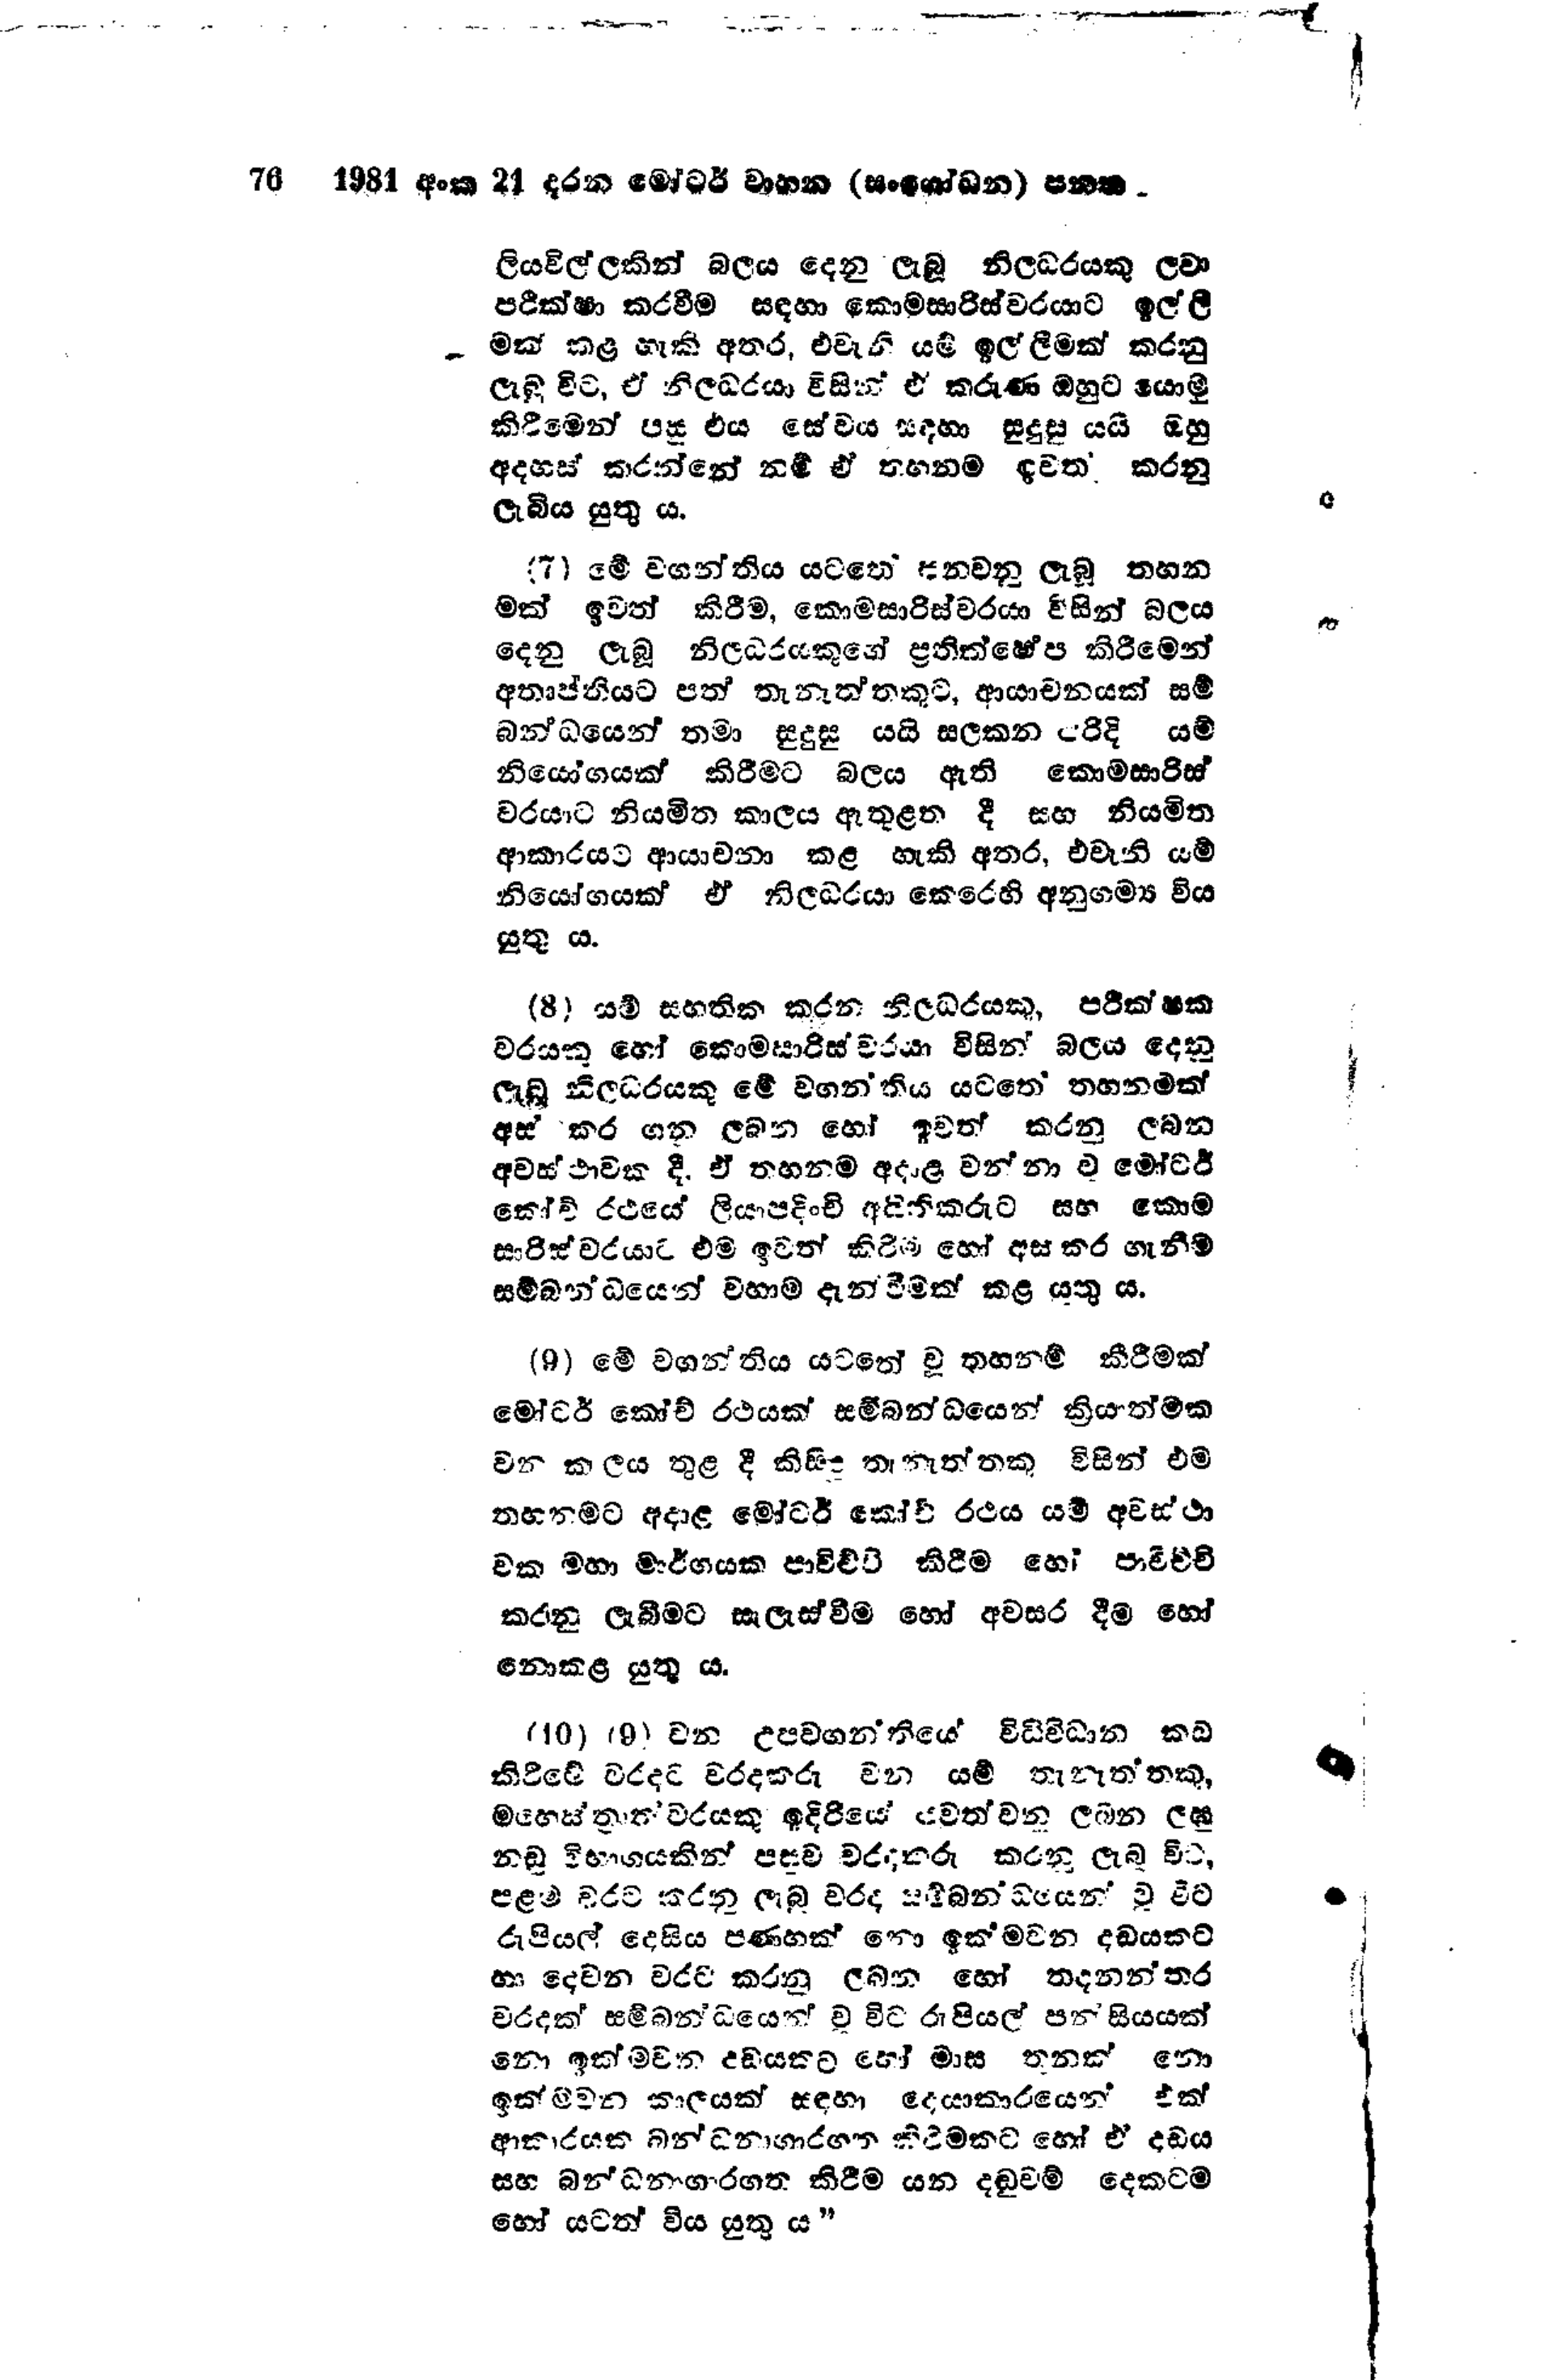
76  1981 අංක 21 දරන මෝටර් වාහන (සංශෝධන) පනත

ලියවිල්ලකින් බලය දෙනු ලැබූ නිලධරයකු ලවා
පරීක්ෂා කරවීම සඳහා කොමසාරිස්වරයාට ඉල්ලී
මක් කළ හැකි අතර, එවැනි යම් ඉල්ලීමක් කරනු
ලැබූ විට, ඒ නිලධරයා විසින් ඒ කරුණ ඔහුට යොමු
කිරීමෙන් පසු එය සේවය සඳහා සුදුසු යයි ඔහු
අදහස් කරන්නේ නම් ඒ තහනම ඉවත් කරනු
ලැබිය යුතු ය.

(7) මේ වගන්තිය යටතේ පනවනු ලැබූ තහන
මක් ඉවත් කිරීම, කොමසාරිස්වරයා විසින් බලය
දෙනු ලැබූ නිලධරයකුගේ ප්‍රතික්ෂේප කිරීමෙන්
අතෘප්තියට පත් තැනැත්තකුට, ආයාචනයක් සම්
බන්ධයෙන් තමා සුදුසු යයි සලකන පරිදි යම්
නියෝගයක් කිරීමට බලය ඇති කොමසාරිස්
වරයාට නියමිත කාලය ඇතුළත දී සහ නියමිත
ආකාරයට ආයාචනා කළ හැකි අතර, එවැනි යම්
නියෝගයක් ඒ නිලධරයා කෙරෙහි අනුගම්‍ය විය
යුතු ය.

(8) යම් සහතික කරන නිලධරයකු, පරීක්ෂක
වරයකු හෝ කොමසාරිස්වරයා විසින් බලය දෙනු
ලැබූ නිලධරයකු මේ වගන්තිය යටතේ තහනමක්
අස් කර ගනු ලබන හෝ ඉවත් කරනු ලබන
අවස්ථාවක දී. ඒ තහනම අදාළ වන්නා වූ මෝටර්
කෝච් රථයේ ලියාපදිංචි අයිතිකරුට සහ කොම
සාරිස්වරයාට එම ඉවත් කිරීම හෝ අස් කර ගැනීම
සම්බන්ධයෙන් වහාම දැන්වීමක් කළ යුතු ය.

(9) මේ වගන්තිය යටතේ වූ තහනම් කිරීමක්
මෝටර් කෝච් රථයක් සම්බන්ධයෙන් ක්‍රියාත්මක
වන කලය තුළ දී කිසිද තැනැත්තකු විසින් එම
තහනමට අදාළ මෝටර් කෝච් රථය යම් අවස්ථා
වක මහා මාර්ගයක පාවිච්චි කිරීම හෝ පාවිච්චි
කරනු ලැබීමට සැලැස්වීම හෝ අවසර දීම හෝ
නොකළ යුතු ය.

(10) (9) වන උපවගන්තියේ විධිවිධාන කඩ
කිරීමේ වරදට වරදකරු වන යම් තැනැත්තකු,
මහෙස්ත්‍රාත වරයකු ඉදිරියේ රවත්වන ලබන ලඝු
නඩු විභාගයකින් පසුව වරද කරු කරනු ලැබූ විධ
පළමු වරට කරනු ලැබූ වරද සම්බන්ධයෙන් වූ විට
රුපියල් දෙසිය පණහක් නොඉක්මවන දඩයකට
හා දෙවන වරට කරනු ලබන හෝ තදනන්තර
වරදක් සම්බන්ධයෙන් වූ විට රුපියල් පන්සියයක්
නො ඉක්මවන දඩයකට හෝ මාස තුනක් නො
ඉක්මවන කාලයක් සඳහා දෙයාකාරයෙන් එක්
ආකාරයක බධනාගාරගත කිරිමකට හෝ ඒ දඩය
සහ බන්ධනාගාරගත කිරීම යන දඬුවම් දෙකටම
හෝ යටත් විය යුතු ය”